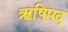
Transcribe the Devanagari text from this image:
ऋषिपद